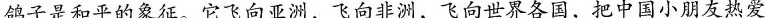
鸽子是和平的象征。它飞向亚洲，飞向非洲，飞向世界各国，把中国小朋友热爱